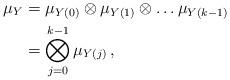
LaTeX: \begin{align*}\mu_Y& = \mu_{Y(0)} \otimes \mu_{Y(1)} \otimes \ldots \mu_{Y(k-1)}\\& = \bigotimes_{j=0}^{k-1} \mu_{Y(j)}\,,\end{align*}